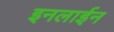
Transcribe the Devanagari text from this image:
इनलाईन